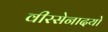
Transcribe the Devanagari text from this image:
वीरसेनादयो